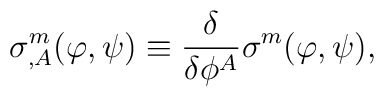
\sigma^m_{,A}(\varphi,\psi)\equiv\frac{\delta}{\delta\phi^{A}} \sigma^m(\varphi,\psi),